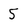
Character: 5